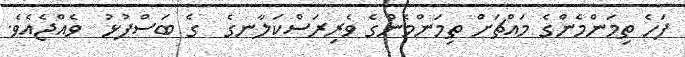
ފަހެ ތިމަންމެންގެ މައްޗަށް ތިމަންމެންގެ ވެރިރަސްކަލާނގެ  ގެ ބަސްފުޅު  ވެއްޖެއެވެ.